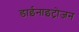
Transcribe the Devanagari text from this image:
डाईनाइट्रोजन